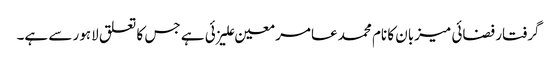
گرفتار فضائی میزبان کا نام محمد عامر معین علیزئی ہے جس کا تعلق لاہور سے ہے۔